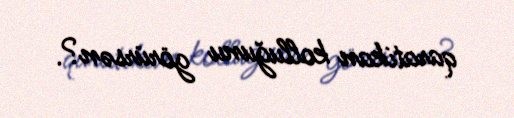
qaratikan kolluğunu görürsən?.